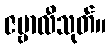
ဇမ္ဗာလီသုတ်။